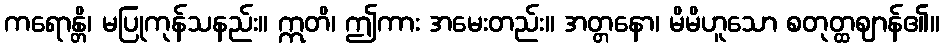
ကရောန္တိ၊ မပြုကုန်သနည်း။ ဣတိ၊ ဤကား အမေးတည်း။ အတ္တနော၊ မိမိဟူသော စတုတ္ထဈာန်၏။